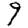
Digit: 9